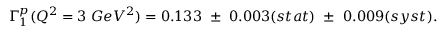
\Gamma _ { 1 } ^ { p } ( Q ^ { 2 } = 3 ~ G e V ^ { 2 } ) = 0 . 1 3 3 ~ \pm ~ 0 . 0 0 3 ( s t a t ) ~ \pm ~ 0 . 0 0 9 ( s y s t ) .